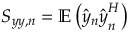
\boldsymbol { S _ { y y , n } } = \mathbb { E } \left( \boldsymbol { \hat { y } _ { n } } \boldsymbol { \hat { y } } _ { \boldsymbol { n } } ^ { H } \right)